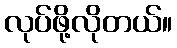
လုပ်ဖို့လိုတယ်။